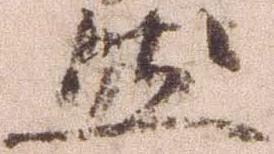
然